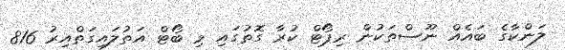
ލަންކާގެ ބައެއް ނޫސްތަކުން ރިޕޯޓް ކުރާ ގޮތުގައި މި ބޯޓް އަތުލައިގަތްއިރު 816